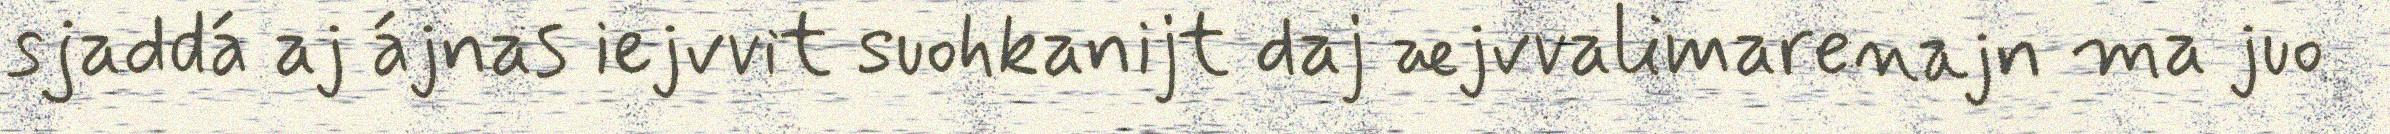
sjaddá aj ájnas iejvvit suohkanijt daj æjvvalimarenajn ma juo